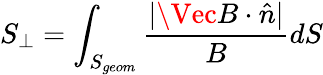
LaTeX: S_{\perp}=\int_{S_{geom}}\frac{|\Vec{B}\cdot\hat{n}|}{B}dS